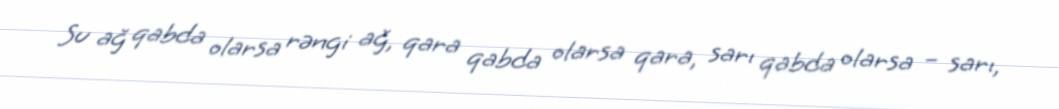
Su ağ qabda olarsa rəngi ağ, qara qabda olarsa qara, sarı qabda olarsa – sarı,